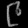
Digit: ၉